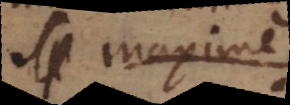
Sp maxime